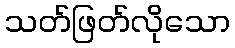
သတ်ဖြတ်လိုသော